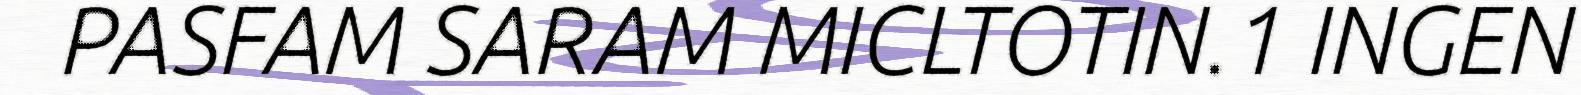
PASFAM SARAM MICLTOTIN.1 INGEN